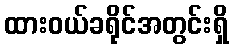
ထားဝယ်ခရိုင်အတွင်းရှိ